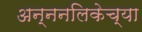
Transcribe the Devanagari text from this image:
अन्ननलिकेच्या